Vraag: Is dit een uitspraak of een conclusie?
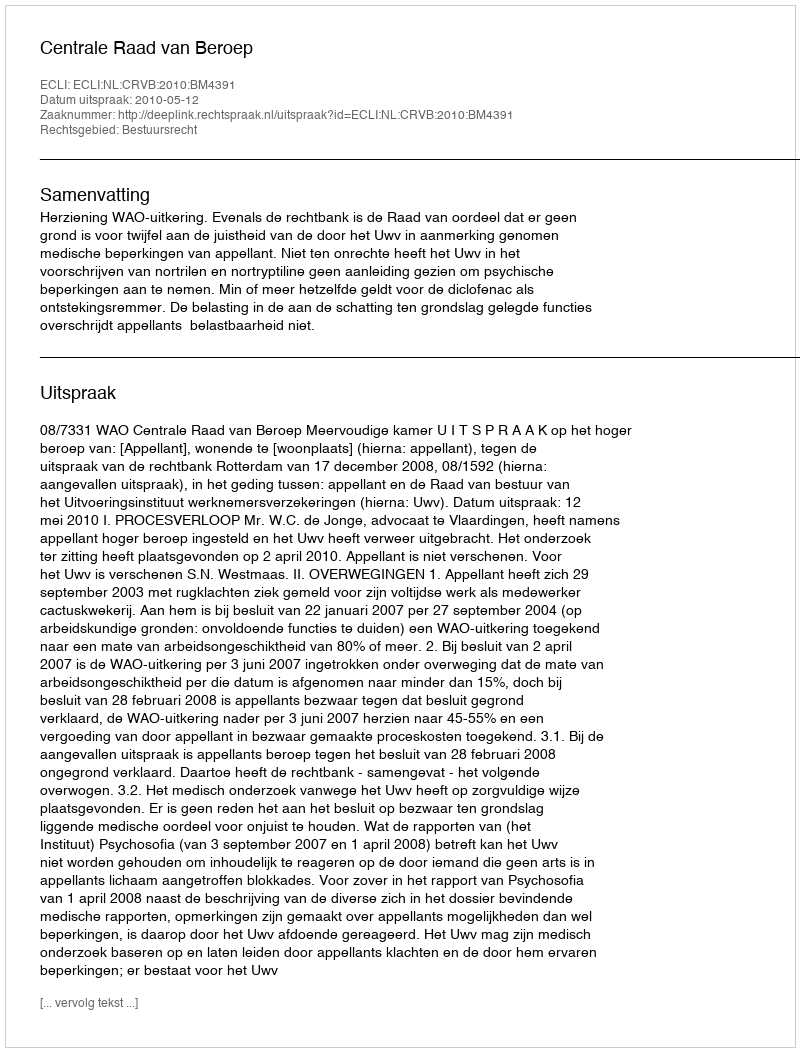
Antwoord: Uitspraak